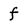
Character: f